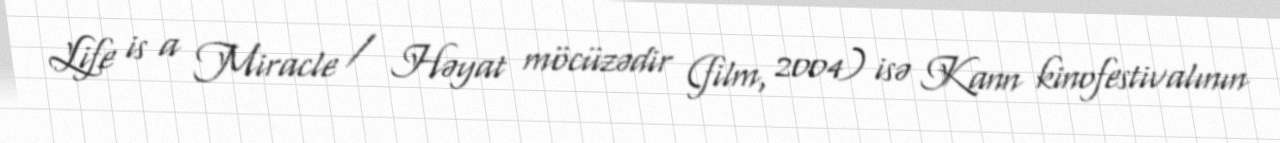
Life is a Miracle / Həyat möcüzədir (film, 2004) isə Kann kinofestivalının